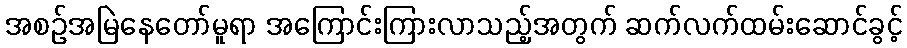
အစဉ်အမြဲနေတော်မူရာ အကြောင်းကြားလာသည့်အတွက် ဆက်လက်ထမ်းဆောင်ခွင့်